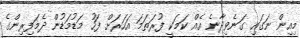
މިއިން ނަގައި ގަނެވިދާނެ އެއް ކަމަކީ ފުރަތަމަ އަހަރަށް ފަހު މަޑުމަޑުން ދެމަފިރިންގެ